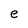
Character: e